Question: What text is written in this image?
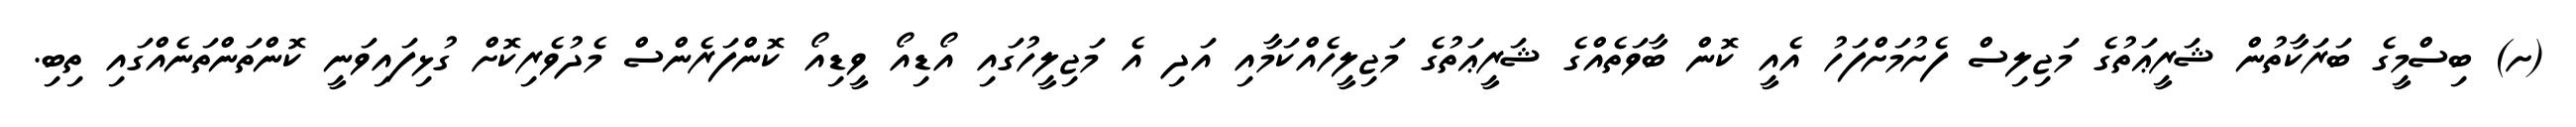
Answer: (ށ) ބިސްމީގެ ބަރަކާތުން ޝަރީޢަތުގެ މަޖިލިސް ފެށުމަށްފަހު އެއީ ކޮން ބާވަތެއްގެ ޝަރީޢަތުގެ މަޖިލީހެއްކަމާއި އަދި އެ މަޖިލީހުގައި އޯޑިއޯ ވީޑިއޯ ކޮންފަރެންސް މެދުވެރިކޮށް ގުޅިފައިވަނީ ކޮންތަންތަނެއްގައި ތިބި.